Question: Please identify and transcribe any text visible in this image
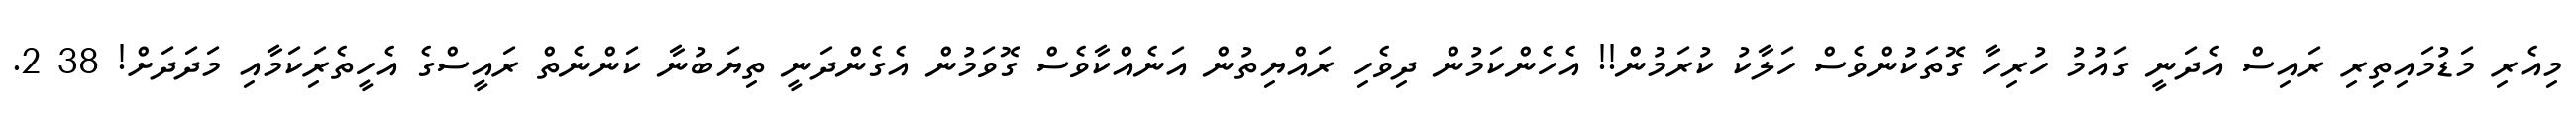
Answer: މިއެރި މަޑުމައިތިރި ރައިސް އެދަނީ ގައުމު ހުރިހާ ގޮތަކުންވެސް ހަލާކު ކުރަމުން!! އެހެންކަމުން ދިވެހި ރައްޔިތުން އަނެއްކާވެސް ގޮވަމުން އެގެންދަނީ ތިޔަބުނާ ކަންނެތް ރައީސްގެ އެހީތެރިަކަމާއި މަދަދަށް! 38 2.